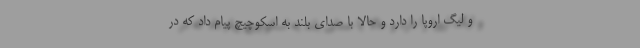
و لیگ اروپا را دارد و حالا با صدای بلند به اسکوچیچ پیام داد که در